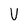
Character: V